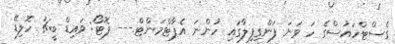
ގެސްޓްހައުސްގެ ހަ ވަނަ ފަންގިފިލާގައި ހުންނަ އެޕާޓްމަންޓް.--- ފޮޓޯ: ވައިޑް ބީޗު ހޮލިޑޭ